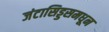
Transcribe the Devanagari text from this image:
जंटासिड्डसमधून